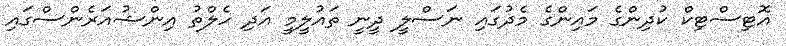
އޮޓިސްޓިކް ކުދިންގެ މައިންގެ މެދުގައި ނަސްލީ ދީނީ ތައުލީމީ އަދި ހެލްތު އިންޝުއަރެންސްގައި